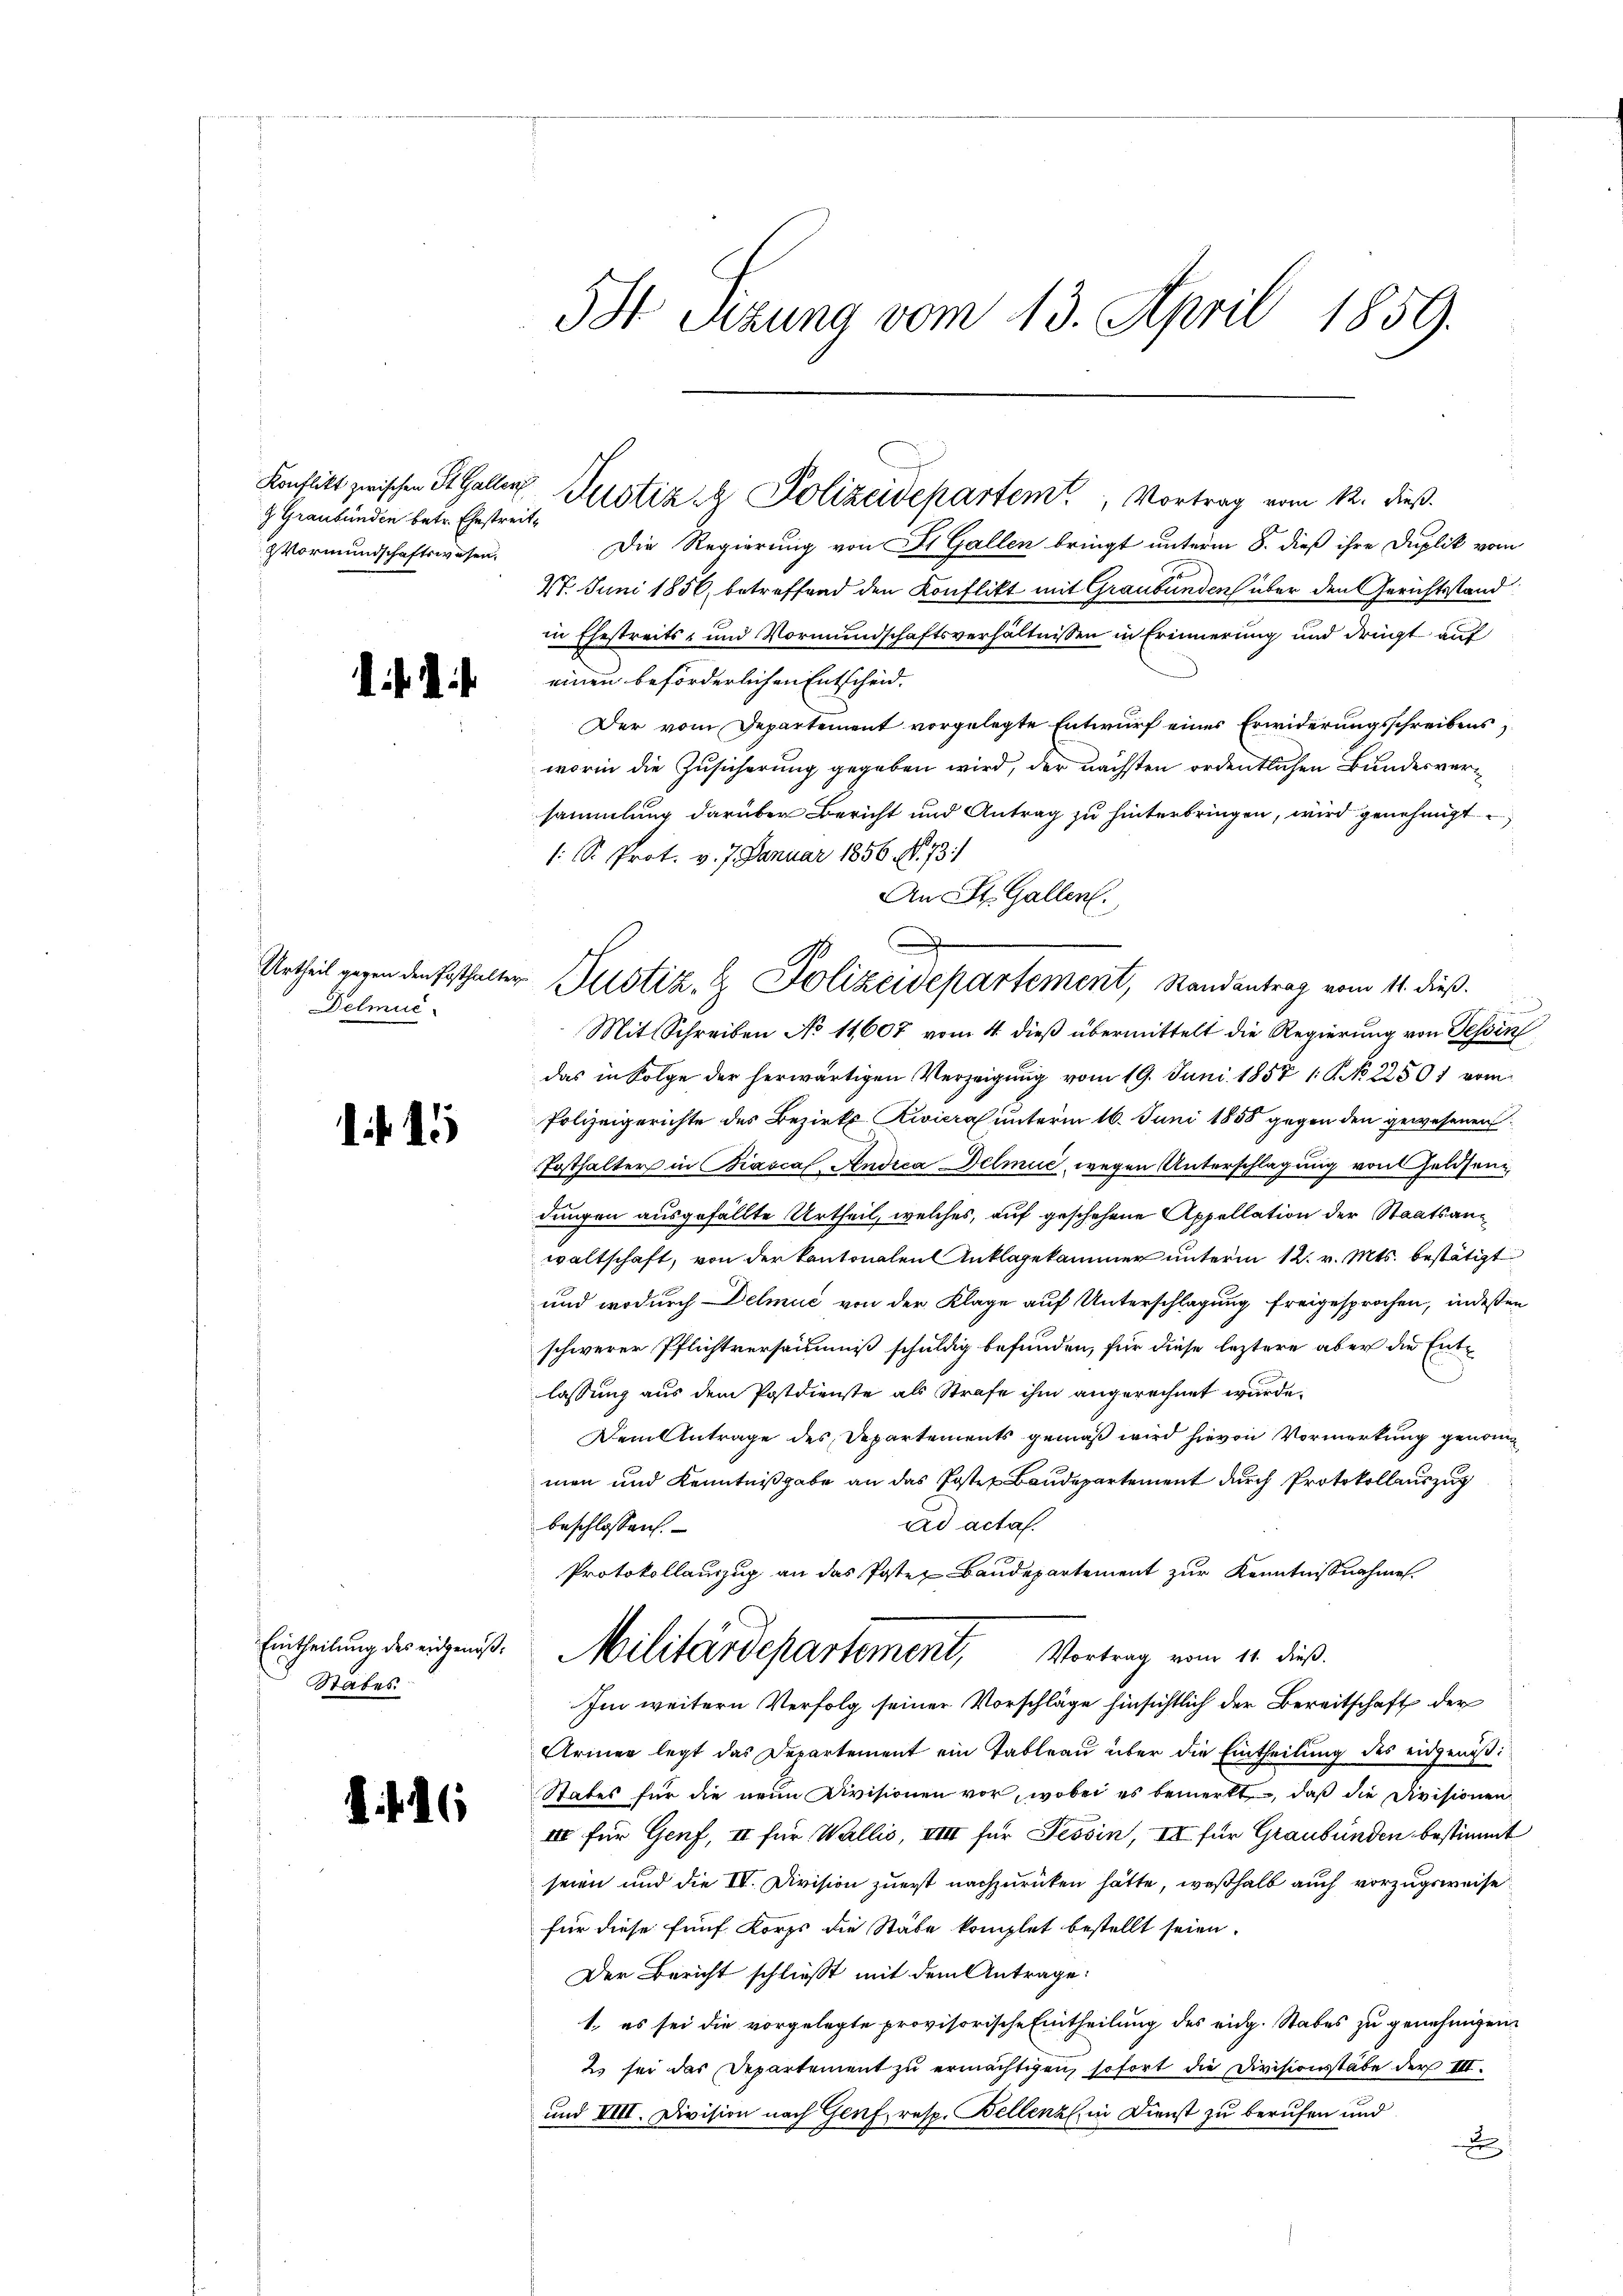
9 Graubünden betr. Ehestreit¬
Vormundschaftswesen.

Delmuc

Eintheilung des eidgenoß¬
Stabes

1. f. 16

5St Setzung vom 13. April 1859.

Die Regierung von St. Gallen bringt unterm 8. dieß ihre Duplik vom
27. Juni 1856, betreffend den Konflikt mit Graubünden über den Gerichtsstand
in Ehestreits- und Vormundschaftsverhältnissen in Erinnerung und dringt auf
einen beförderlichen Entscheid.
Der vom Departement vorgelegte Entwurf eines Erwiderungsschreibens,
worin die Zusicherung gegeben wird, der nächsten ordentlichen Bundesversammlung darüber Bericht und Antrag zu hinterbringen, wird genehmigt
/: S. Prot. v. J. Januar 1856. 18. 73
An St. Gallen.

Mit Schreiben No 11607 vom 4. dieß übermittelt die Regierung von Tessin
das in Folge der herwärtigen Verzeigung vom 19. Juni 1857 1. No 22501 vom
Polizeigerichte des Bezirks Riviera unterm 16. Juni 1858 gegen den gewesenen
Posthalter in Biasca Andica Delmić, wegen Unterschlagung von Geldsendungen ausgefällte Urtheil, welches, auf geschehene Appellation der Staatsanwaltschaft, von der Kantonalen Anklagekammer unterm 12. v. Mts. bestätigt
und wodurch Delmuć von der Klage auf Unterschlagung freigesprochen, indeßen
schwerer Pflichtversäumniß schuldig befunden, für diese leztere aber die Ent¬
.
lassung aus dem Postdienste als Strafe ihm angerechnet wurde.
Dem Antrage des Departements gemäß wird hievon Vormerkung genommen und Kenntnißgabe an das Posten Baudepartement durch Protokollauszug
ad acta.
beschlossen.
Protokollauszug an das Posten Baudepartement zur Kenntnißnahmen.
Militärdepartement,
Vortrag vom 11. dieß.
Im weitern Verfolg seiner Vorschläge hinsichtlich der Bereitschaft der
Armen legt das Departement ein Tableau über die Eintheilung des eidgenöß:
States für die neue Divisionen vor, wobei es bemerkt, daß die Divisionen
III für Genf, II für Wallis, VIII für Tessin, II für Graubünden bestimmt
seien und die IV. Division zuerst nachzurücken hätte, weßhalb auch vorzugsweise.
für diese fünf Korps die Stäbe komplet bestellt seien.
Der Bericht schließt mit dem Antrage:
1., es sei die vorgelegte provisorische Eintheilung des eidg. Stabes zu genehmigen.
2 sei das Departement zu ermächtigen, sofort die Divisionsstabe der III.
und VIII. Division nach Genf, resp. Bellenz, in Dienst zu berufen und
d

Konflikt zwischen St. Galler Justiz & Polizeidepartem Vortrag vom 12. dieß.

s
G.
Urtheil gegen den Ersthalter Justiz- & Polizeidepartement, Randantrag vom 11. dieß.